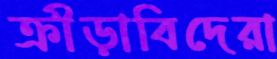
ক্রীড়াবিদেরা